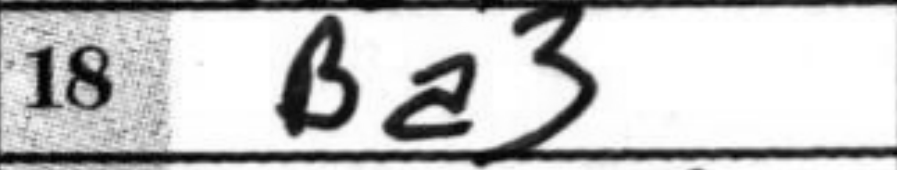
Transcription: Ba3